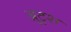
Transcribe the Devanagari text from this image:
ब्रुटुश